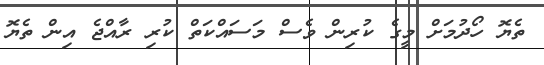
ތެޔޮ ހޯދުމަށް މީގެ ކުރިން ވެސް މަސައްކަތް ކުރި ރާއްޖެ އިން ތެޔޮ